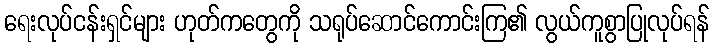
ရေးလုပ်ငန်းရှင်များ ဟုတ်ကတွေကို သရုပ်ဆောင်ကောင်းကြ၏ လွယ်ကူစွာပြုလုပ်ရန်